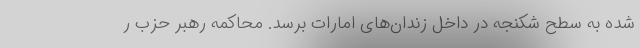
شده به سطح شکنجه در داخل زندان‌های امارات برسد. محاکمه رهبر حزب ر